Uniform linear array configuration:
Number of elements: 16
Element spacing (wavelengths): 0.5
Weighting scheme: uniform
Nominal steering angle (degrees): -60
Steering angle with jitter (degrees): -61.907
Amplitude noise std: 0.05
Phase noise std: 0.05

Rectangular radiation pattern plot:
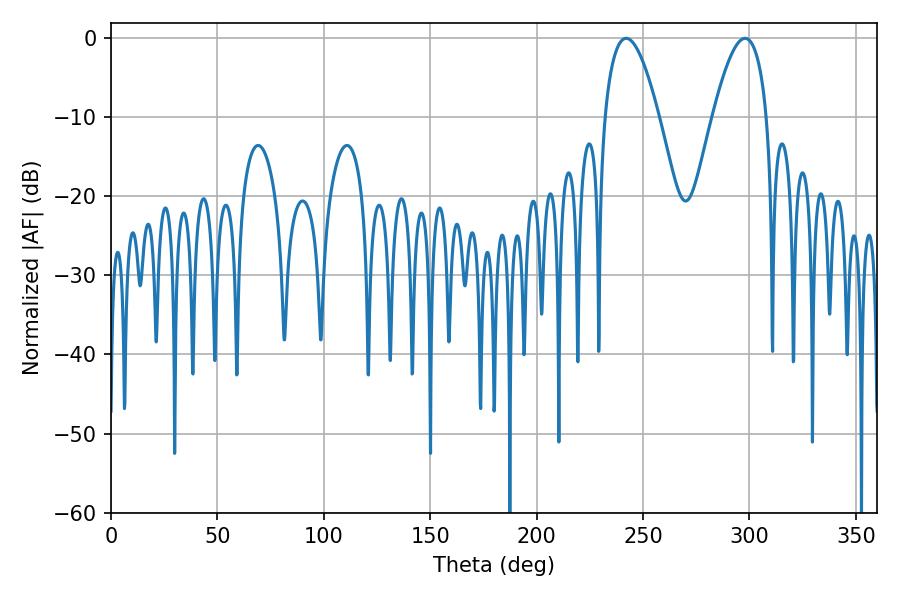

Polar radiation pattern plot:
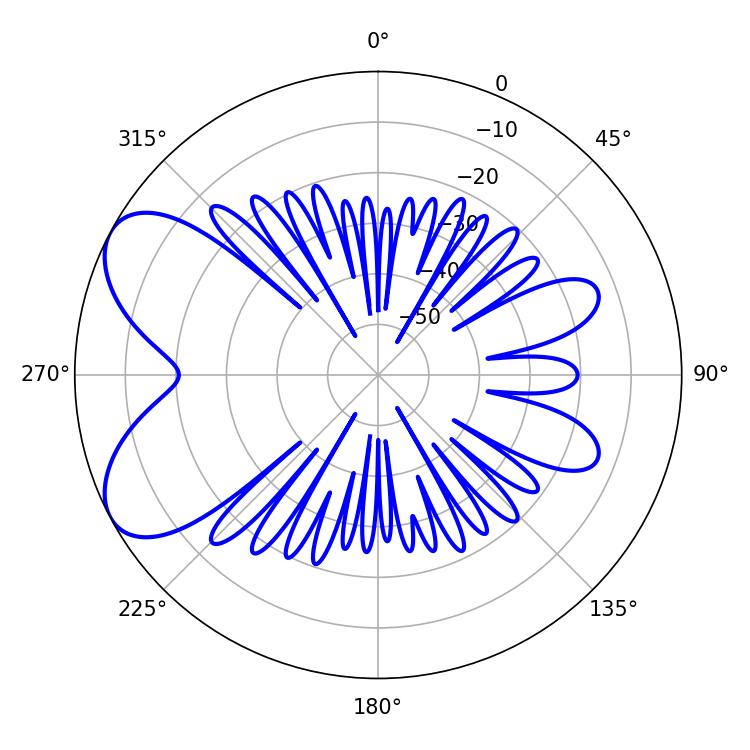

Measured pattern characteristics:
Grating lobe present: FALSE
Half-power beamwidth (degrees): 13.86
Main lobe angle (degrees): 242.1